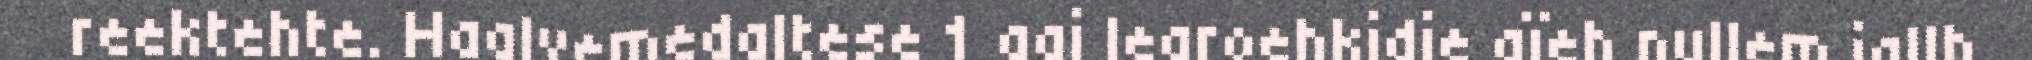
reektehte. Haalvemedaltese 1 aaj learoehkidie gïeh nullem jallh